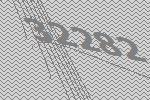
32282